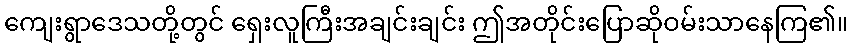
ကျေးရွာဒေသတို့တွင် ရှေးလူကြီးအချင်းချင်း ဤအတိုင်းပြောဆိုဝမ်းသာနေကြ၏။